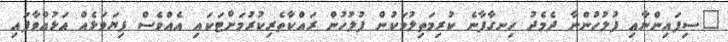
"ސިފައިންނާއި ފުލުހުންނާ ދެމެދު ހިނގާފާނެ ކުރިމަތިލުމަކުން ފުލުހުން ރައްކާތެރިކުރުމަށްޓަކައި އެއްވެސް ފިޔަވަޅެއް އަޅުއްވާފައި